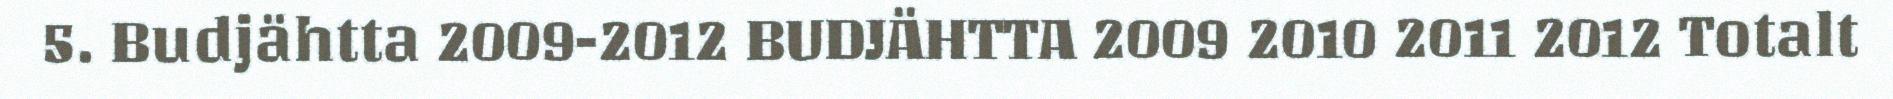
5. Budjähtta 2009-2012 BUDJÄHTTA 2009 2010 2011 2012 Totalt